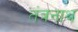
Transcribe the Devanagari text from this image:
तंत्रनाथ